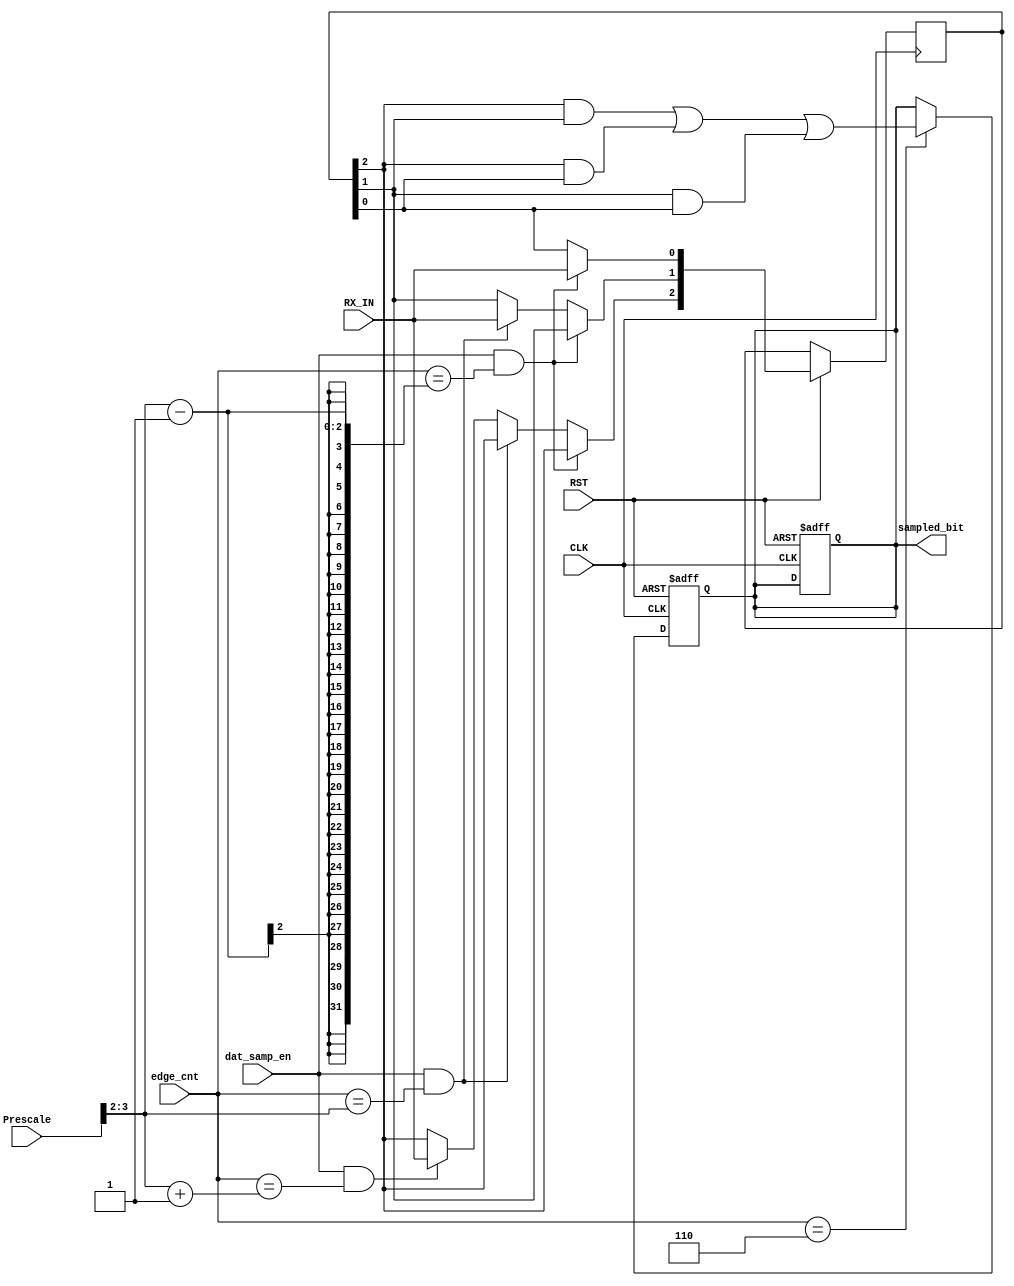
module data_sampling(
	input  wire            CLK,
	input  wire            RST,
	input  wire            RX_IN,
	input  wire    [3:0]   Prescale,
	input  wire            dat_samp_en,
	input  wire    [2:0]   edge_cnt,
	output reg             sampled_bit
);

reg [2:0] sampling_edge; 
reg [2:0] sample;

always@(*)
begin
    sampling_edge = Prescale>>2;
end

always@(posedge CLK,negedge RST)
begin
    if(!RST)
        begin
            sampled_bit <= 1'b0; 
        end
    else if(dat_samp_en &&  edge_cnt == sampling_edge-1)
        begin
            sample[0] <= RX_IN;
        end
    else if(dat_samp_en &&  edge_cnt == sampling_edge)
        begin
            sample[1] <= RX_IN;
        end
    else if(dat_samp_en &&  edge_cnt == sampling_edge+1)
        begin
            sample[2] <= RX_IN;
        end
end

always@(posedge CLK,negedge RST)
begin
    if(!RST)
        begin
            sampled_bit = 1'b0;
        end
    else if(edge_cnt == 3'd6)
        begin
            sampled_bit = sample[2]&sample[1] | sample[2]&sample[0] | sample[1]&sample[0];
        end
end

endmodule